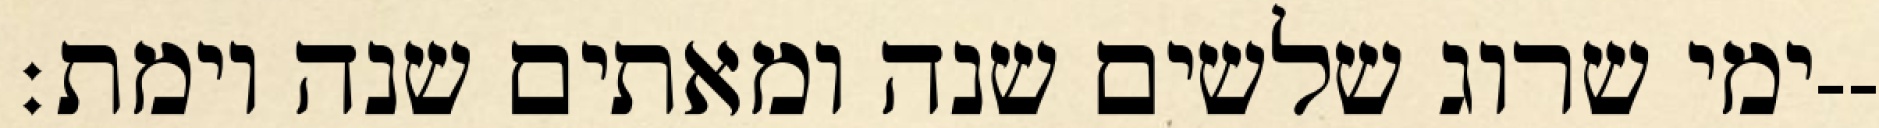
ימי שרוג שלשים שנה ומאתים שנה וימת׃--